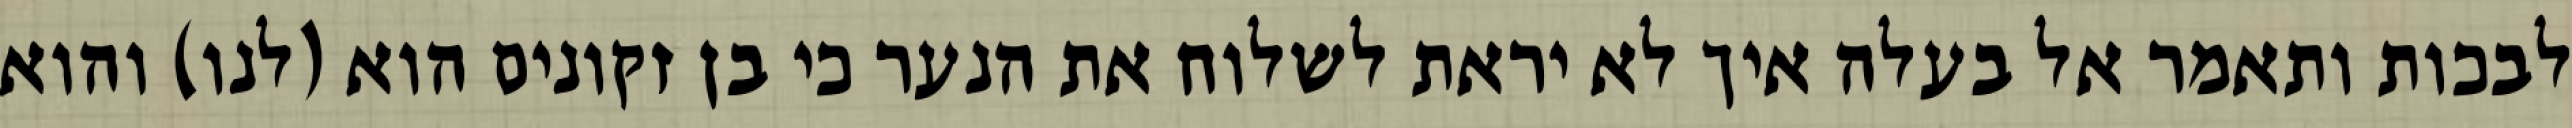
לבכות ותאמר אל בעלה איך לא יראת לשלוח את הנער כי בן זקונים הוא (לנו) והוא